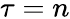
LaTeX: \tau=n